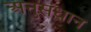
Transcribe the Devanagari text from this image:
अनुसंधान